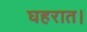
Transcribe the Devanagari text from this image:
घहरात।